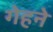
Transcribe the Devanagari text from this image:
गेहने